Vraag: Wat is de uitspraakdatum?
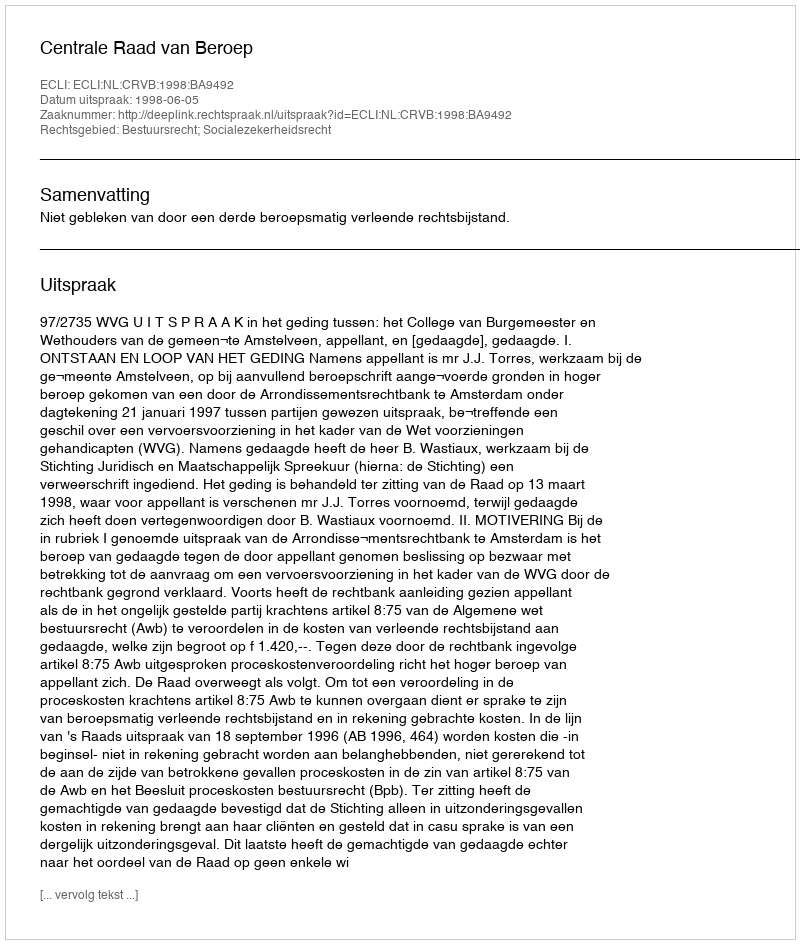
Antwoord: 1998-06-05